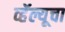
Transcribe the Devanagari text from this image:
व्हॅल्यूचा